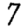
Digit: 7